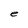
Character: e